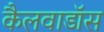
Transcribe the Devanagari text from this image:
कैलवाडॉस